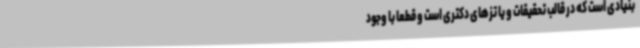
بنیادی است که در قالب تحقیقات و یا تزهای دکتری است و قطعا با وجود